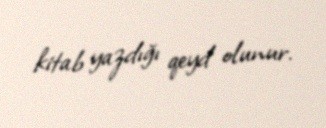
kitab yazdığı qeyd olunur.